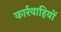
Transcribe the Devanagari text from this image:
कार्रवाहियों